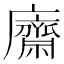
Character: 𢋿